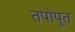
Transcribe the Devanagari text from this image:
तपोपूत